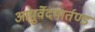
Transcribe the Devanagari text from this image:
आयुर्वेदमार्तण्ड